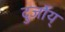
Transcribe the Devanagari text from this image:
दुर्जोय्